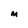
Character: M